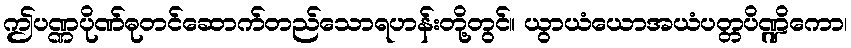
ဤပဏ္ဏပိုဏ်ဓုတင်ဆောက်တည်သောရဟန်းတို့တွင်။ ယွာယံယောအယံပတ္တပိဏ္ဍိကော၊